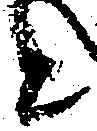
と